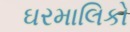
ઘરમાલિકો